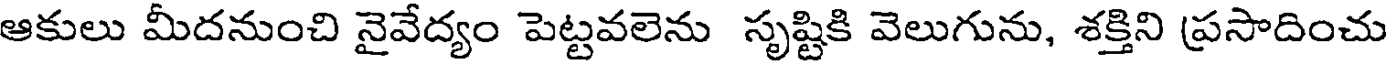
ఆకులు మీదనుంచి నైవేద్యం పెట్టవలెను సృష్టికి వెలుగును, శక్తిని ప్రసాదించు